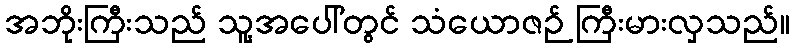
အဘိုးကြီးသည် သူ့အပေါ်တွင် သံယောဇဉ် ကြီးမားလှသည်။